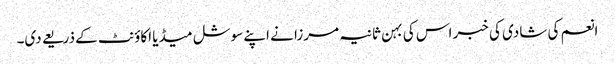
انعم کی شادی کی خبر اس کی بہن ثانیہ مرزا نے اپنے سوشل میڈیا اکاؤنٹ کے ذریعے دی۔